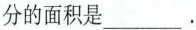
分的面积是___.